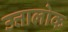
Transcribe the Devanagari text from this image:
उत्तालोक